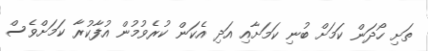
ތަށި ހޯދަން ކަމަށް ބުނި ކަމަށާއި އަދި އެކަން ކުރެވުމުން އުފާކުރާ ކަމަށްވެސް